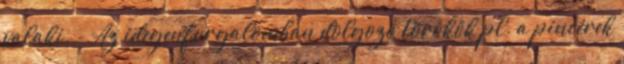
valaki. - Az idegenforgalomban dolgozó törökök pl. a pincérek